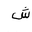
Letter: _shin